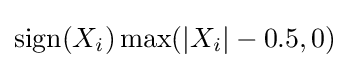
\operatorname {sign} (X_{i})\max(|X_{i}|-0.5,0)